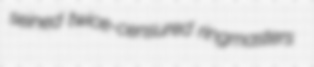
seined twice-censured ringmasters